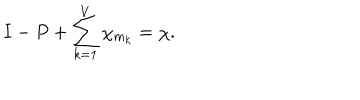
I - P + \sum _ { k = 1 } ^ { V } \chi _ { m _ { k } } = \chi .